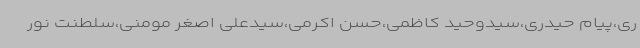
ری،پیام حیدری،سیدوحید کاظمی،حسن اکرمی،سیدعلی اصغر مومنی،سلطنت نور